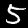
Digit: 5